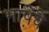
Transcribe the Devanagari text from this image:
भा़षेचे